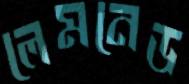
লেমনেড